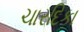
ચારદિકા